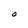
Character: O